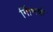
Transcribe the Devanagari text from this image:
र्गािभकं